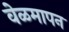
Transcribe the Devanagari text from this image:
वेळमापन